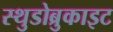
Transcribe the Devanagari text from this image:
स्थुडोब्रुकाइट